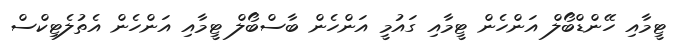
ޓީމާއި ހޭންޑްބޯލް އަންހެން ޓީމާއި ގައުމީ އަންހެން ބާސްބޯލް ޓީމާއި އަންހެން އެތުލެޓިކްސް